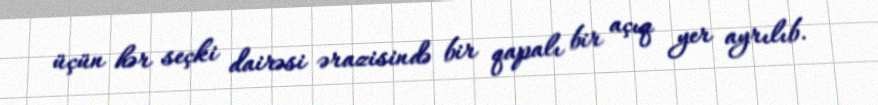
üçün hər seçki dairəsi ərazisində bir qapalı bir açıq yer ayrılıb.